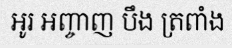
អូរ អញ្ចាញ បឹង ត្រពាំង